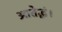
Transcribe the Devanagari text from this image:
आतेद्धं।